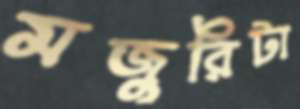
মজুরিটা